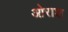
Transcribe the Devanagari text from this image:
ओराश